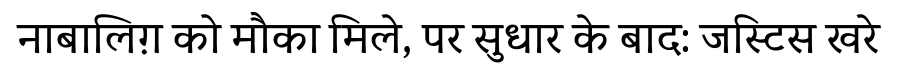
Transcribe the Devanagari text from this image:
नाबालिग़ को मौका मिले, पर सुधार के बाद: जस्टिस खरे